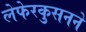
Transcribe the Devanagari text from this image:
लेफेरकुसनने